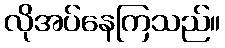
လိုအပ်နေကြသည်။